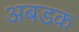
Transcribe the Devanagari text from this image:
अबडक